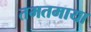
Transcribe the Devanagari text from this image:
तमतमाया